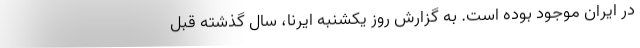
در ایران موجود بوده است. به گزارش روز یکشنبه ایرنا، سال گذشته قبل